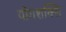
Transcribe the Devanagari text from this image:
योगशक्‍ति